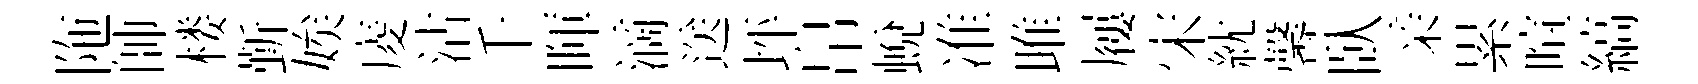
陁帥楼斳娭庱沽千暉滴送坪帛蛻准雎屨宋紞馨臥亲累喧縞